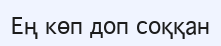
Ең көп доп соққан